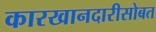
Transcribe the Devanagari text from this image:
कारखानदारीसोबत